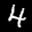
Label: 4